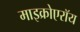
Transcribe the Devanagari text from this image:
माइक्रोएरॉय